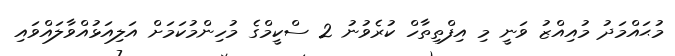
މުޙައްމަދު މުއިއްޒު ވަނީ މި އިފްތިތާހް ކުރެވުނު 2 ސްކީމްގެ މުހިންމުކަމަށް އަލިއަޅުއްވާލައްވައި